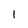
Character: I